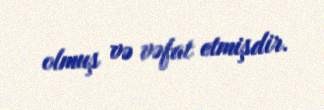
olmuş və vəfat etmişdir.